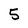
Character: 5